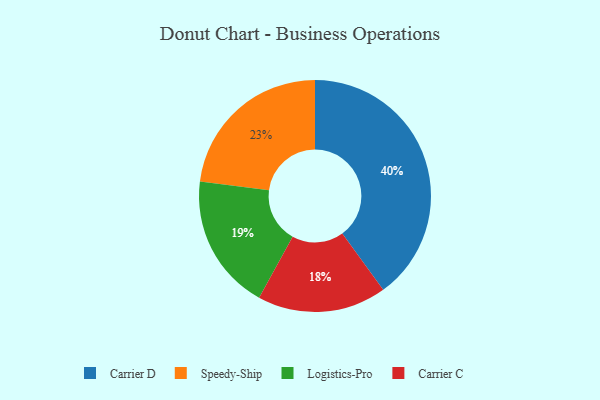
{"axis": {"x": "Category", "y": "Percentage"}, "legend": ["Carrier C", "Carrier D", "Logistics-Pro", "Speedy-Ship"], "data": [{"x": "Carrier C", "y": 18, "type": "Carrier C"}, {"x": "Speedy-Ship", "y": 23, "type": "Speedy-Ship"}, {"x": "Carrier D", "y": 40, "type": "Carrier D"}, {"x": "Logistics-Pro", "y": 19, "type": "Logistics-Pro"}]}